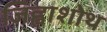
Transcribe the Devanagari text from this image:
जिह्वाशोथ